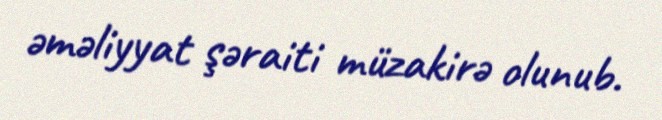
əməliyyat şəraiti müzakirə olunub.